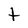
Character: t